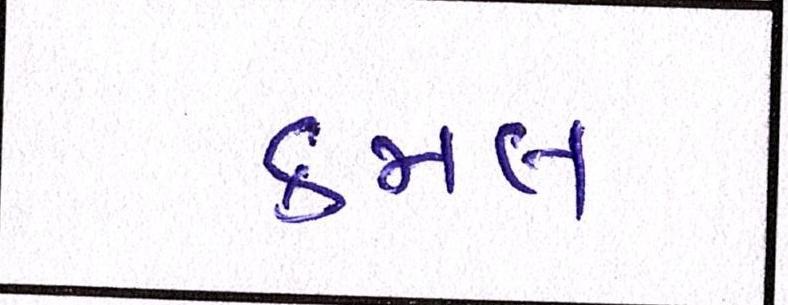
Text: કમલ